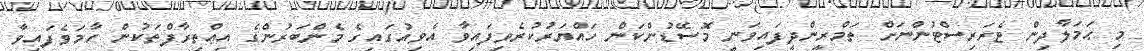
މި ޙަމަލާދިން ޓެރަރިސްޓުންނަށް ތަމްރީންދީފައިވަނީ މޮސޭޑުންކަން ހައްޔަރުކުރެވިފައިވާ އެވިއުގައިގެ މެންބަރުންގެ އިޢްތިރާފްތަކުން ހާމަވެފައިވާ